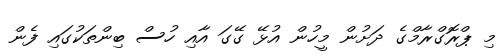
މި ޕްރޮގްރާމްގެ ދަށުން މީހުން އުޅޭ ގޭގަ އާއި ހުސް ބިންތަކުގައި ފެން